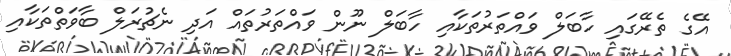
އޭގެ ތެރޭގައި ހާބަލް ވައްތަރުތަކާއި ހާބަލް ނޫން ވައްތަރުތައް އަދި ނެޗުރަލް ބާވަތްތަކާއި